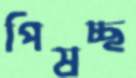
পিষচ্ছ